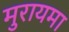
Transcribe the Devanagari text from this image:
मुरायमा